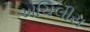
એચિલીસ